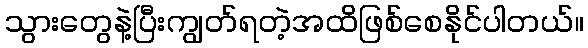
သွားတွေနဲ့ပြီးကျွတ်ရတဲ့အထိဖြစ်စေနိုင်ပါတယ်။